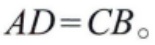
\(AD = CB_{\circ}\)